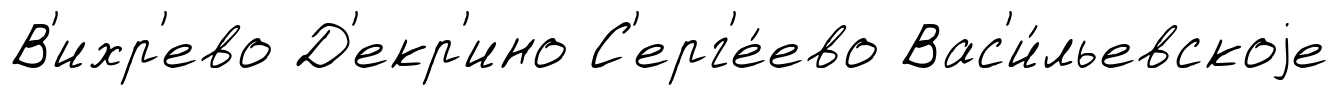
В'ихр'ево Д'екр'ино С'ерг'е́ево Вас'и́льевскоjе